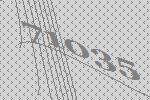
71035